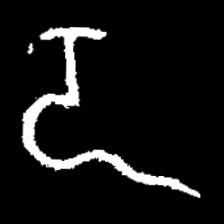
Pyu character \u2014 Myanmar letter: ဍ (romanized: dda)